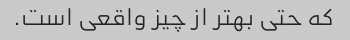
که حتی بهتر از چیز واقعی است.